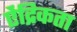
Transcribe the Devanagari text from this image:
ऐंद्रिकता